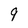
Character: 9